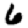
Digit: 6